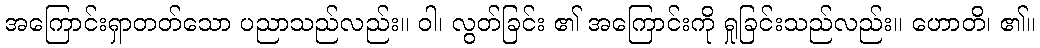
အကြောင်းရှာတတ်သော ပညာသည်လည်း။ ဝါ၊ လွတ်ခြင်း ၏ အကြောင်းကို ရှုခြင်းသည်လည်း။ ဟောတိ၊ ၏။